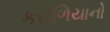
કરોળિયાનો